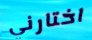
اختارني